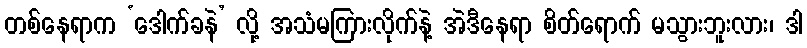
တစ်နေရာက ‘ဒေါက်ခနဲ’ လို့ အသံမကြားလိုက်နဲ့ အဲဒီနေရာ စိတ်ရောက် မသွားဘူးလား၊ ဒါ